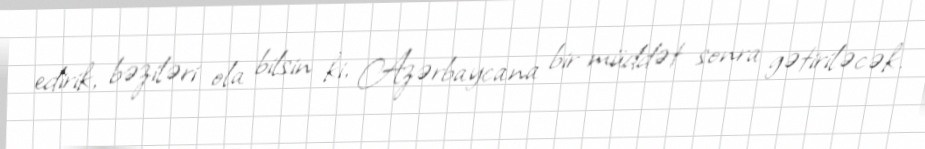
edirik, bəziləri ola bilsin ki, Azərbaycana bir müddət sonra gətiriləcək.